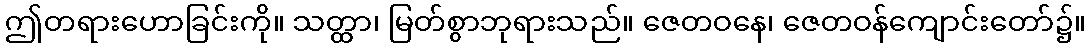
ဤတရားဟောခြင်းကို။ သတ္ထာ၊ မြတ်စွာဘုရားသည်။ ဇေတဝနေ၊ ဇေတဝန်ကျောင်းတော်၌။